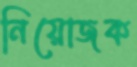
নিয়োজক